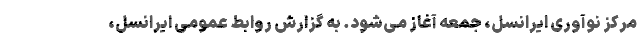
مرکز نوآوری ایرانسل، جمعه آغاز می‌شود. به گزارش روابط عمومی ایرانسل،